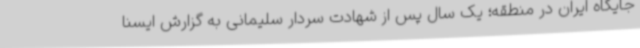
جایگاه ایران در منطقه؛ یک سال پس از شهادت سردار سلیمانی به گزارش ایسنا